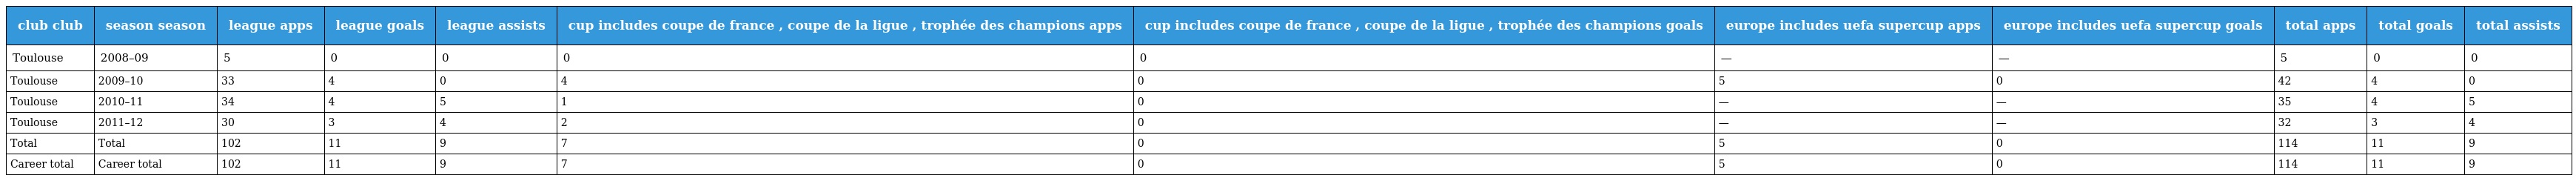
| club club | season season | league apps | league goals | league assists | cup includes coupe de france , coupe de la ligue , trophée des champions apps | cup includes coupe de france , coupe de la ligue , trophée des champions goals | europe includes uefa supercup apps | europe includes uefa supercup goals | total apps | total goals | total assists |
 | --- | --- | --- | --- | --- | --- | --- | --- | --- | --- | --- | --- |
 | Toulouse | 2008–09 | 5 | 0 | 0 | 0 | 0 | — | — | 5 | 0 | 0 |
 | Toulouse | 2009–10 | 33 | 4 | 0 | 4 | 0 | 5 | 0 | 42 | 4 | 0 |
 | Toulouse | 2010–11 | 34 | 4 | 5 | 1 | 0 | — | — | 35 | 4 | 5 |
 | Toulouse | 2011–12 | 30 | 3 | 4 | 2 | 0 | — | — | 32 | 3 | 4 |
 | Total | Total | 102 | 11 | 9 | 7 | 0 | 5 | 0 | 114 | 11 | 9 |
 | Career total | Career total | 102 | 11 | 9 | 7 | 0 | 5 | 0 | 114 | 11 | 9 |